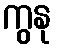
ကွနု